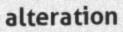
alteration